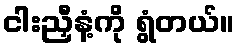
ငါးညှီနံ့ကို ရွံတယ်။